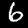
Digit: 6